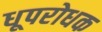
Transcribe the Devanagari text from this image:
धूपरोधक